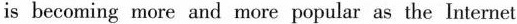
is becoming more and more popular as the lnternet